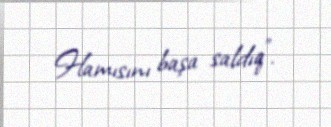
Hamısını başa saldıq”.